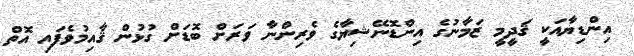
އިންޑިޔާއަކީ ޤަދީމީ ޒަމާނުގެ އިންޑޮނޭޝިޔާގެ ވެރިންނާ ވަރަށް ބޮޑަށް ގުޅުން ޤާއިމުވެފައި އޮތް